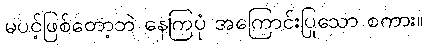
မပင့်ဖြစ်တော့ဘဲ နေကြပုံ အကြောင်းပြုသော စကား။